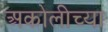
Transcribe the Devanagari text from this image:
अकोलीच्या